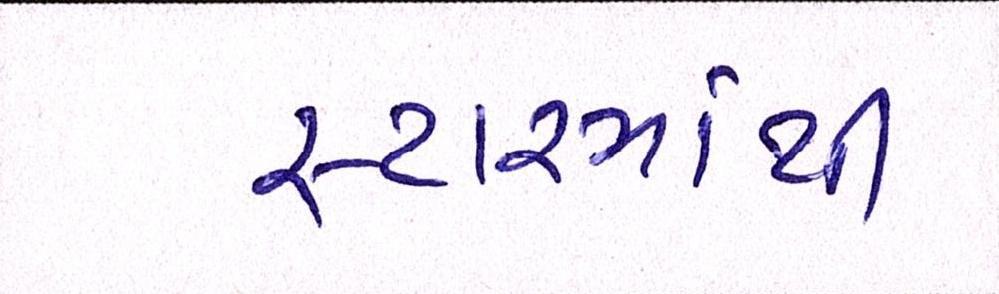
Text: સ્ટારમાંથી